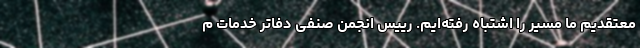
معتقدیم ما مسیر را اشتباه رفته‌ایم. رییس انجمن صنفی دفاتر خدمات م